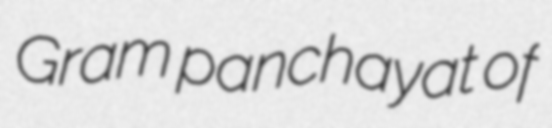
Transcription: Gram panchayat of